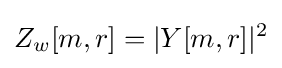
{Z}_{w}[m,r]=|Y[m,r]|^{2}